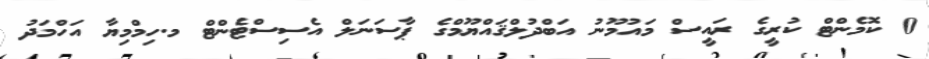
0 ކޮމެންޓް ކުރީގެ ރައީސް މައުމޫނު އަބްދުލްޤައްޔޫމްގެ ޕާސަނަލް އެސިސްޓެންޓް މ.ހިމްމިޔާ އަހްމަދު